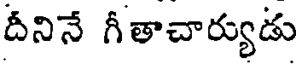
దీనినే గీతాచార్యుడు